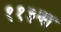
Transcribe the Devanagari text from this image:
११३वा